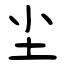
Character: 尘